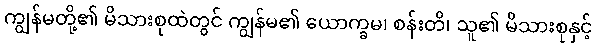
ကျွန်မတို့၏ မိသားစုထဲတွင် ကျွန်မ၏ ယောက္ခမ၊ စန်းတိ၊ သူ၏ မိသားစုနှင့်